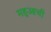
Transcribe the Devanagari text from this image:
महुआची